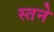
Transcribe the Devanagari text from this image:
स्तने